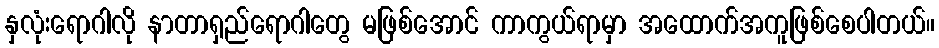
နှလုံးရောဂါလို နာတာရှည်ရောဂါတွေ မဖြစ်အောင် ကာကွယ်ရာမှာ အထောက်အကူဖြစ်စေပါတယ်။